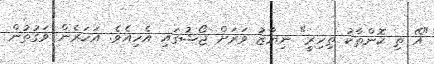
"އޭ ތި ކޮންތާކު ތިހިރީ" ނިޔާޒު ވަރަށް ޖޯޝުގައި އެހިއެވެ. އަހަރެން ވަގުތުން